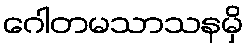
ဂေါတမသာသနမှိ